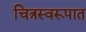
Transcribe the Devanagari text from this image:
चित्रस्वरूपात